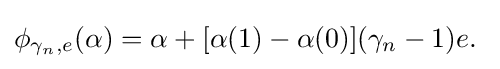
\phi _{\gamma _{n},e}(\alpha )=\alpha +[\alpha (1)-\alpha (0)](\gamma _{n}-1)e.\